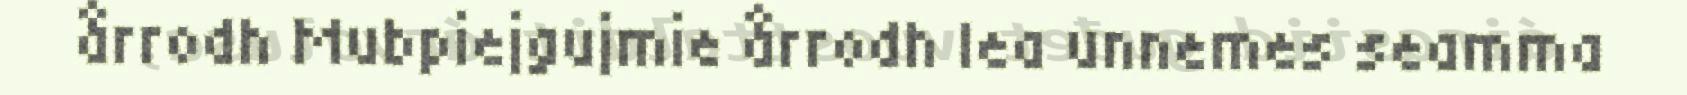
årrodh Mubpiejgujmie årrodh lea unnemes seamma